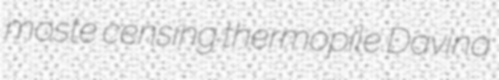
moste censing thermopile Davina